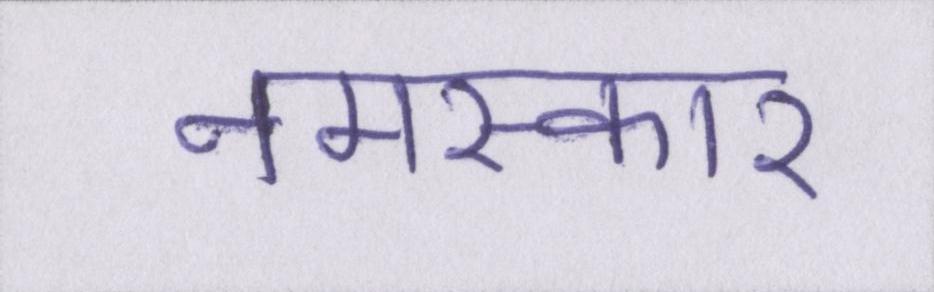
नमस्कार